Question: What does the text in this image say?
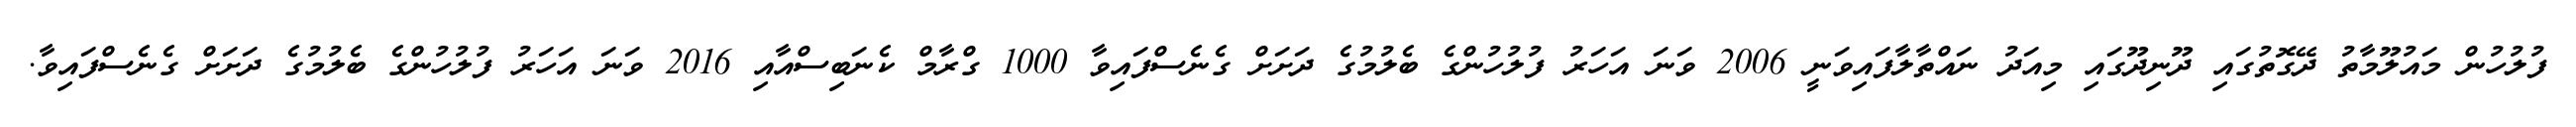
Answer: ފުލުހުން މައުލޫމާތު ދޭގޮތުގައި ދޫނިދޫގައި މިއަދު ނައްތާލާފައިވަނީ 2006 ވަނަ އަހަރު ފުލުހުންގެ ބެލުމުގެ ދަށަށް ގެނެސްފައިވާ 1000 ގްރާމް ކެނަބިސްއާއި 2016 ވަނަ އަހަރު ފުލުހުންގެ ބެލުމުގެ ދަށަށް ގެނެސްފައިވާ.